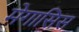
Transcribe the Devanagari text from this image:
मेगासिस